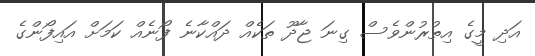
އަދި މީގެ އިތުރުންވެސް ގިނަ ޖާދޫ ތަކެއް ދައްކާނެ ފޯނެއް ކަމަށް އައިފޯންގެ